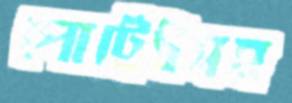
পোর্ট্রেটসহ